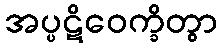
အပ္ပဋိဝေက္ခိတွာ